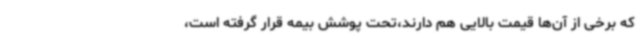
که برخی از آن‌ها قیمت بالایی هم دارند،تحت پوشش بیمه قرار گرفته است،